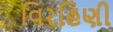
વિરહિણી